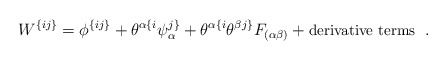
\begin{align*} W^{\{ij\}} = \phi^{\{ij\}} + \theta^{\alpha\{i}\psi^{j\}}_\alpha + \theta^{\alpha\{i} \theta^{\beta j\}} F_{(\alpha\beta)} + \mbox{\small derivative terms }\;.\end{align*}